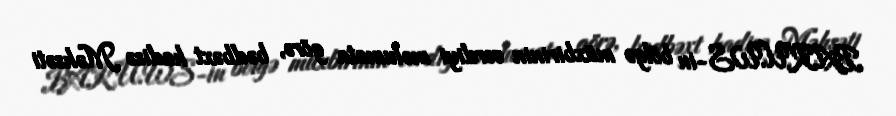
BAKU.WS-in bölgə müxbirinin verdiyi məlumata görə, bədbəxt hadisə Məhsəti